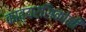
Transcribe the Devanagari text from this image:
काव्यरसिकांनी